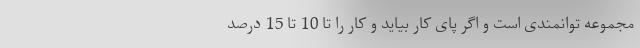
مجموعه توانمندی است و اگر پای کار بیاید و کار را تا 10 تا 15 درصد